65_HS1-834228961_62-HQ-83894_Section_3
Agency: FBI
Page 144
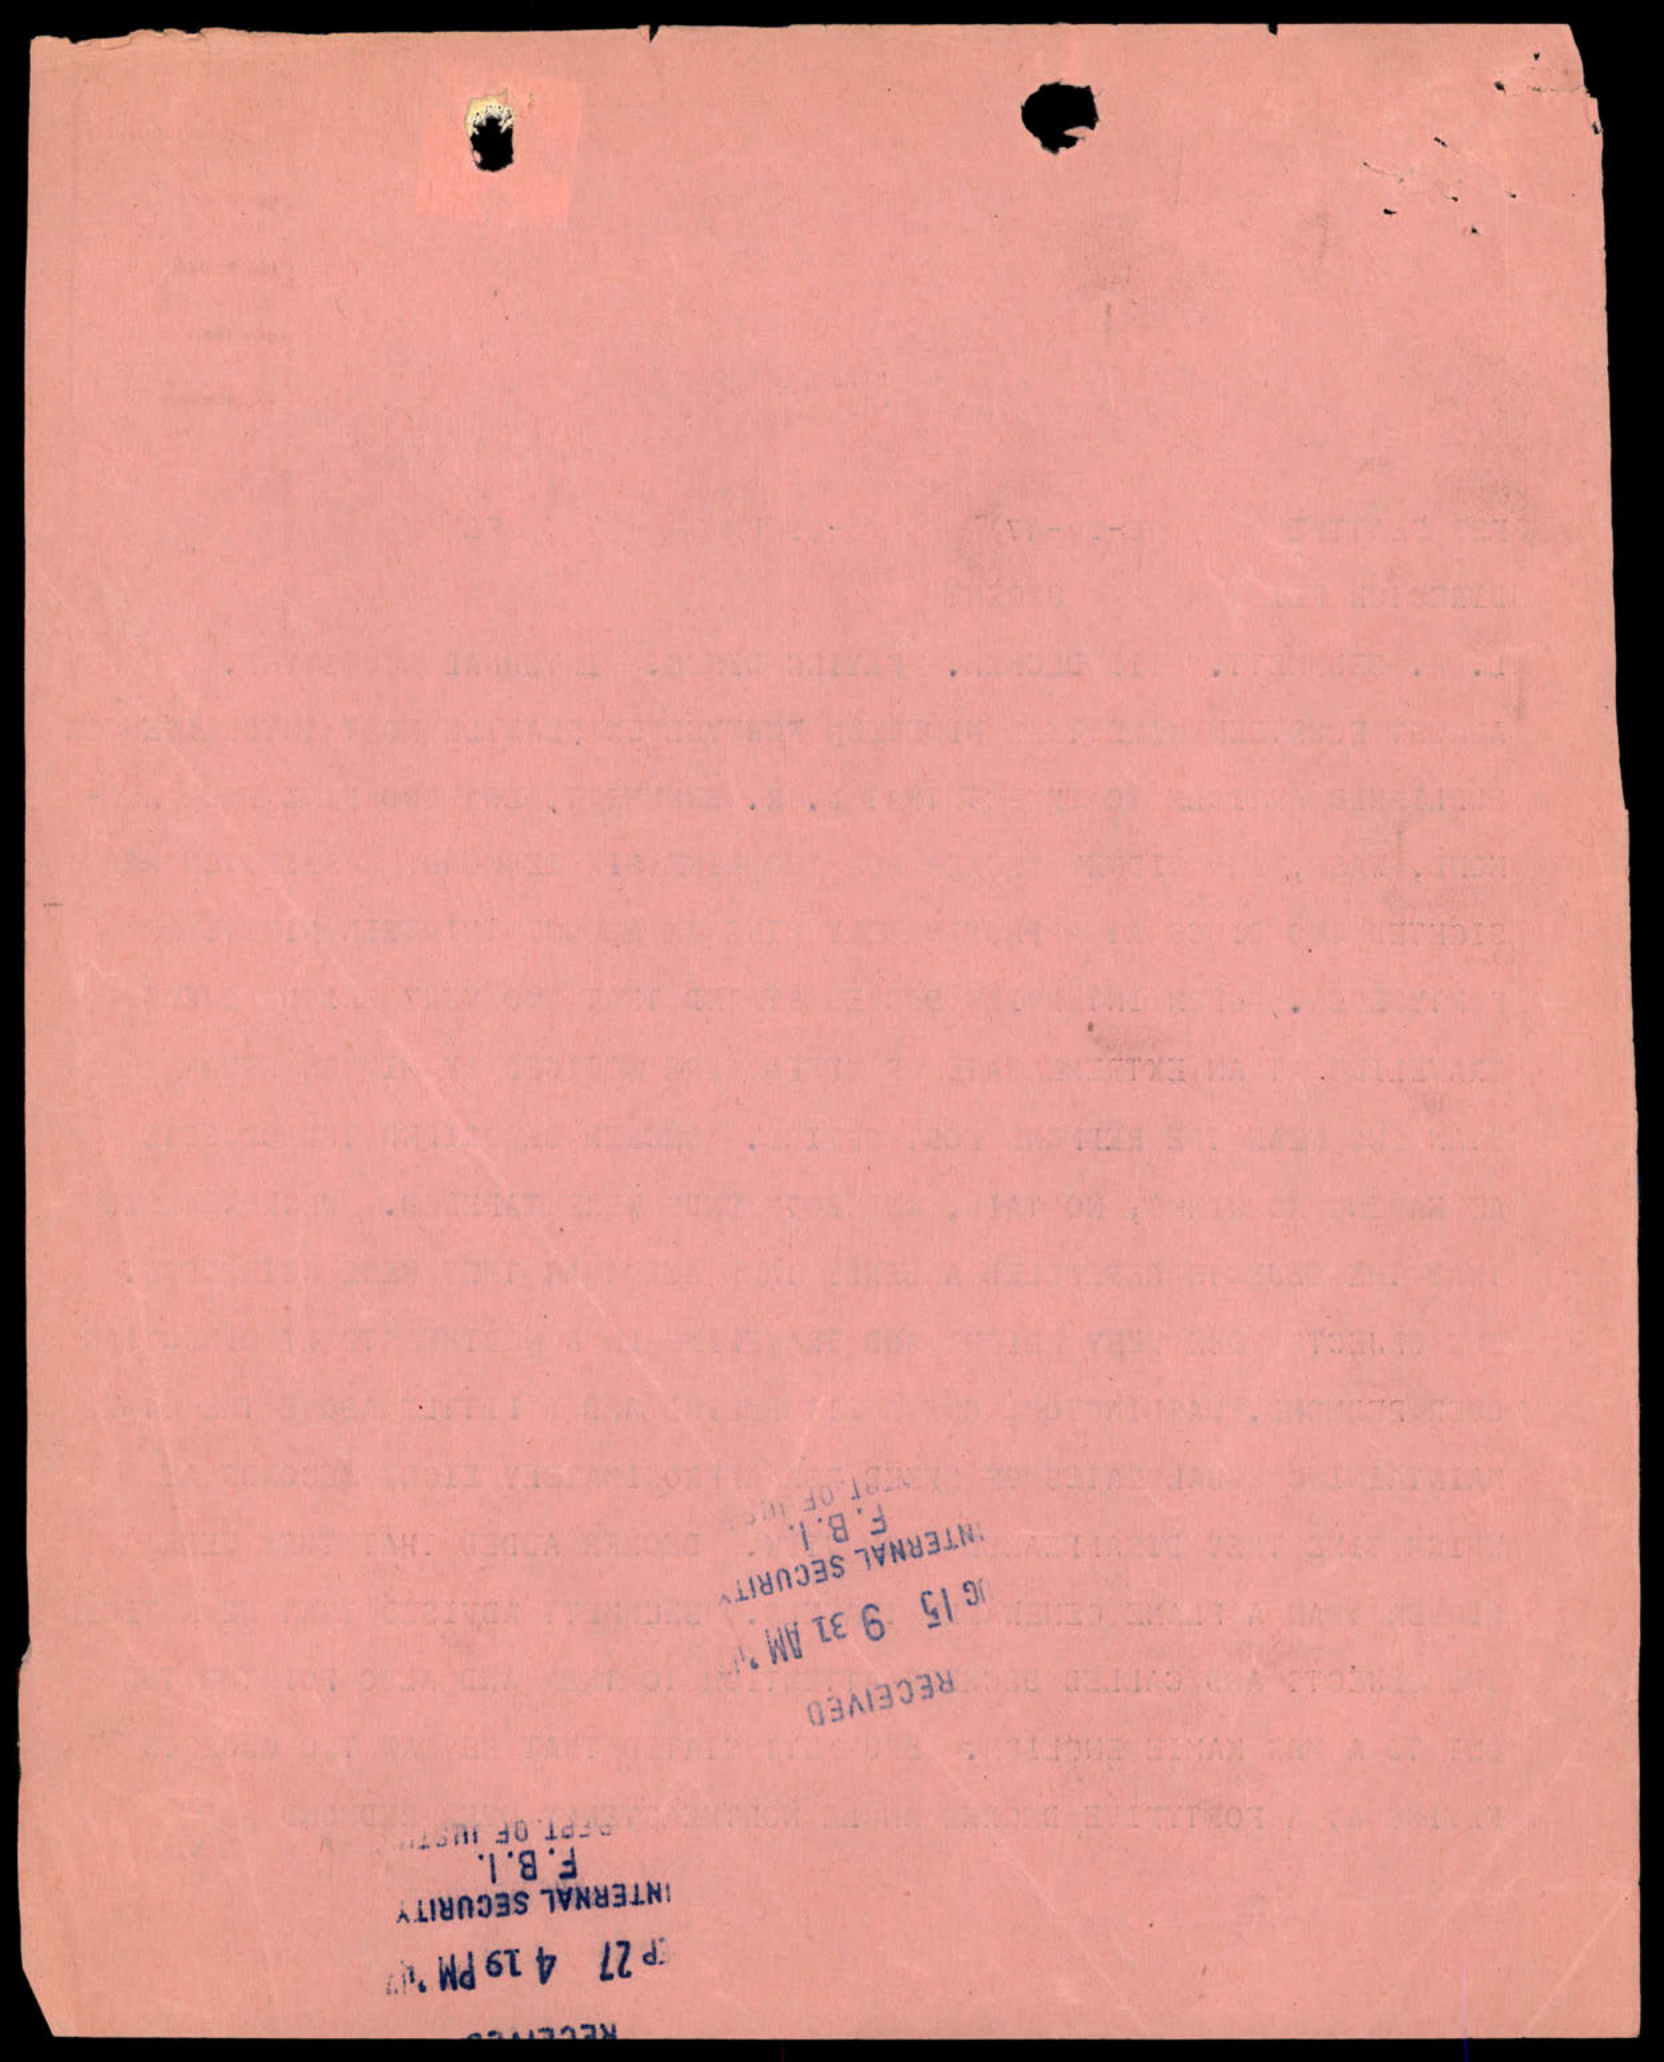